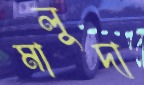
মালুদা